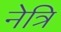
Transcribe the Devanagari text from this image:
नेत्रि